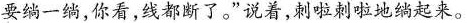
要绱一绱，你看，线都断了。”说着，刺啦地绱起来。